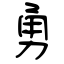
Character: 勇